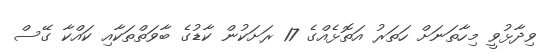
ވިދާޅުވީ މިހާތަނަށް ހަތަރު އަތޮޅެއްގެ 17 ރަށަކުން ކާޑުގެ ބާވަތްތަކާއި ކައްކާ ގޭސް